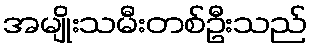
အမျိုးသမီးတစ်ဦးသည်